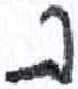
אות: ב